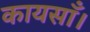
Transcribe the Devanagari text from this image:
कायसाँ।